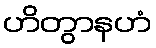
ဟိတွာနဟံ